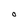
Character: O